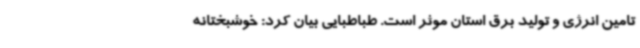
تامین انرژی و تولید برق استان موثر است. طباطبایی بیان کرد: خوشبختانه